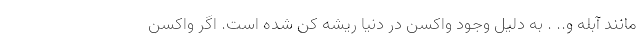
مانند آبله و.. . به دلیل وجود واکسن در دنیا ریشه کن شده است. اگر واکسن